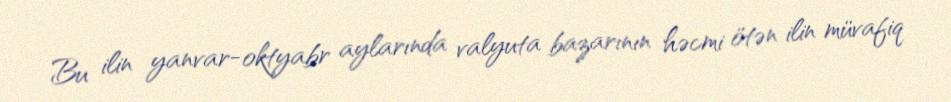
Bu ilin yanvar-oktyabr aylarında valyuta bazarının həcmi ötən ilin müvafiq